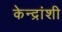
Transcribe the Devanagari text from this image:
केन्द्रांशी